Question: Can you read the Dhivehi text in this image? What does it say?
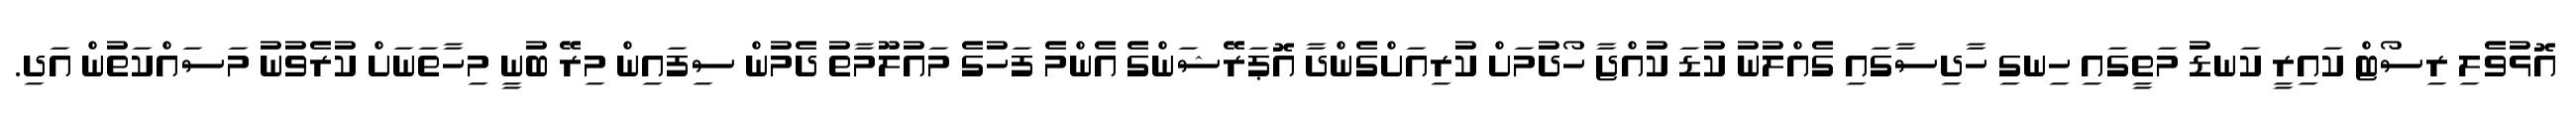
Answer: އޮޅުވެލި ރިސޯޓް ކައިރީ ކަނޑު މަތީގައި ހިނގި ހާދިސާގައި ގެއްލުނު ކުޑަ ކުއްޖާ ހޯދުމަށް ކުރިއަށްގެންދާ އޮޕަރޭޝަންގެ އެންމެ ފަހުގެ މައުލޫމާތު ދެމުން ސިފައިން މިރޭ ބުނީ މިހާތަނަށް ކުރެވުނު މަސައްކަތުން އަދި.